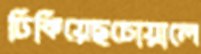
ঢিকিয়েছচোয়ালে